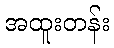
အထူးတန်း